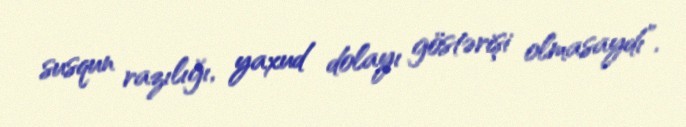
susqun razılığı, yaxud dolayı göstərişi olmasaydı”.